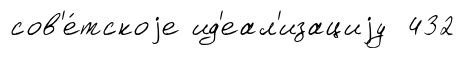
сов'е́тскоjе ид'еал'изациjу 432